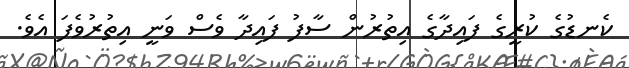
ކެނޑުގެ ކުރީގެ ފައިދާގެ އިތުރުން ސާފު ފައިދާ ވެސް ވަނީ އިތުރުވެފަ އެވެ.